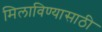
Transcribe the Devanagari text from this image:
मिलाविण्यासाठी